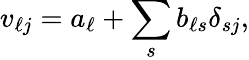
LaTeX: v_{\ell j}=a_{\ell}+\sum_{s}b_{\ell s}\delta_{sj},